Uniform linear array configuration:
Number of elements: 64
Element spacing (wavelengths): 0.5
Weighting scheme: uniform
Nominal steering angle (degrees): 45
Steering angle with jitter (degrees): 44.581
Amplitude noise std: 0.05
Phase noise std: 0.05

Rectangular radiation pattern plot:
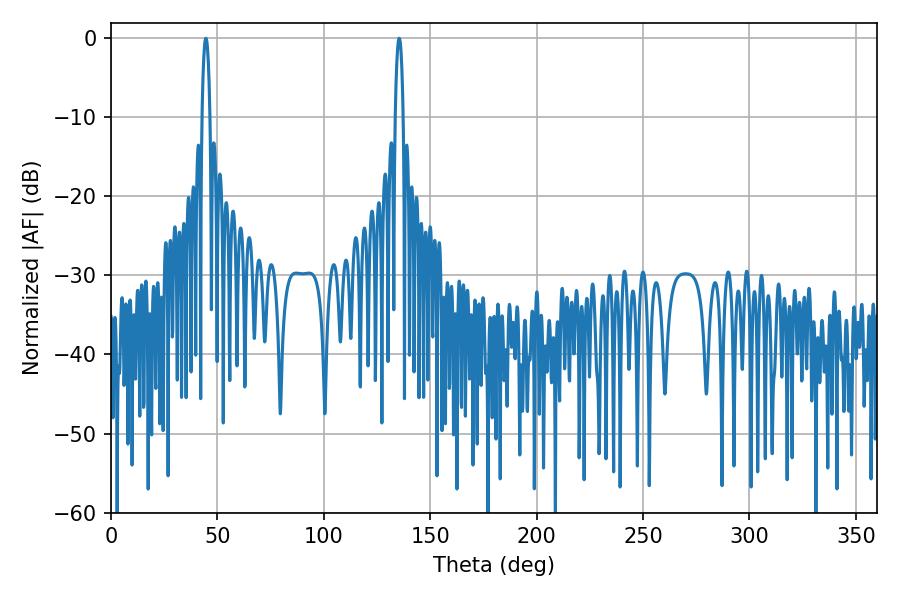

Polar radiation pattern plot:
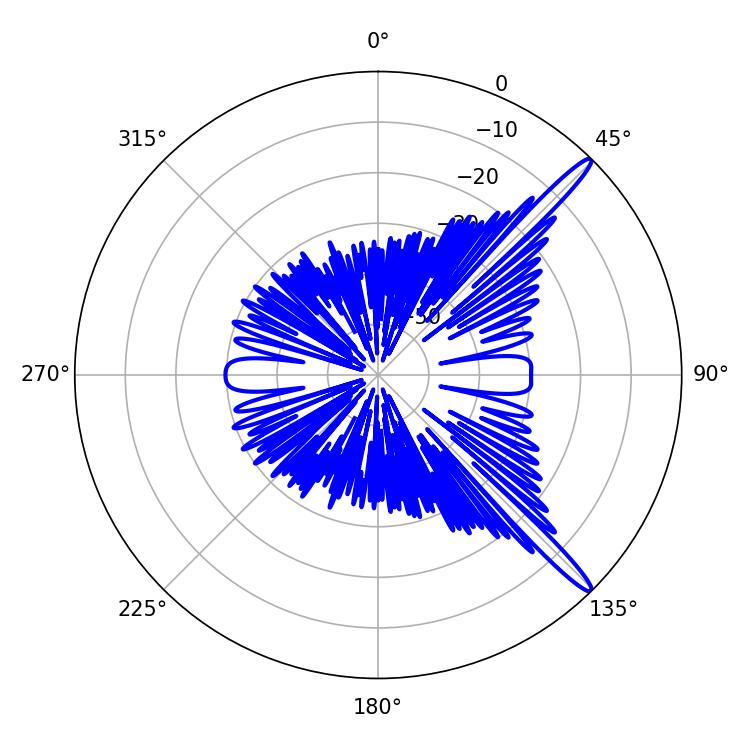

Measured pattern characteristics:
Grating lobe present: FALSE
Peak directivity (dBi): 15.138
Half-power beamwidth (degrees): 1.98
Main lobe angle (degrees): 44.64